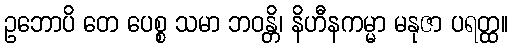
ဥဘောပိ တေ ပေစ္စ သမာ ဘဝန္တိ၊ နိဟီနကမ္မာ မနုဇာ ပရတ္ထ။